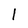
Character: l